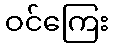
ဝင်ကြေး